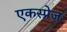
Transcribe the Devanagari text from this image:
एकस्प्रेज